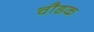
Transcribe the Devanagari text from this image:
चौडक